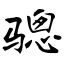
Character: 骢